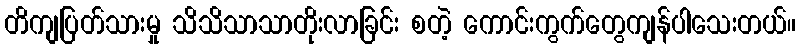
တိကျပြတ်သားမှု သိသိသာသာတိုးလာခြင်း စတဲ့ ကောင်းကွက်တွေကျန်ပါသေးတယ်။